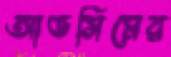
আভসিমের